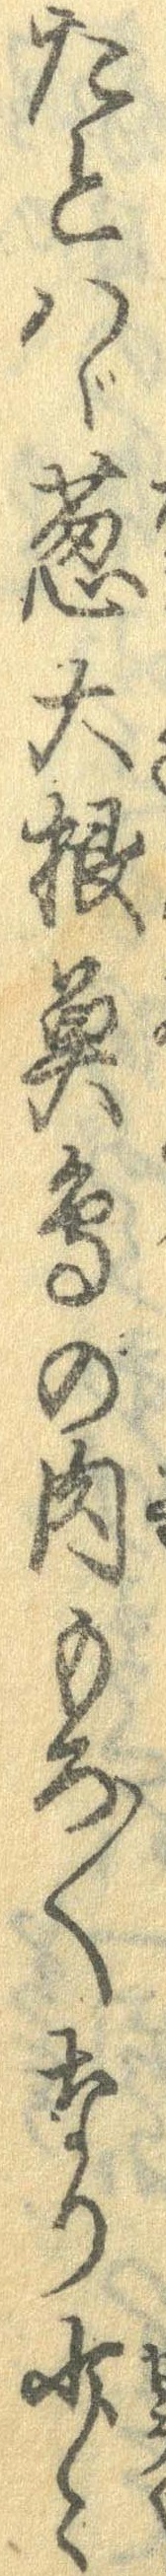
たとはゞ葱大根魚鳥の肉もろ〱なり少々